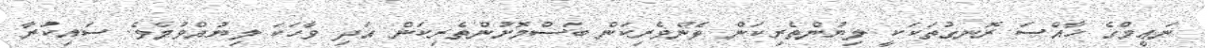
ނަޢީމްގެ ޚާއްޞަ ރޮނގުތަކަކީ ލިޔުންތެރިކަން ޅެންވެރިކަން ބަސްމޮށުންތެރިކަން އަދި ވާހަކަ ލިޔުއްވުމެވެ. ސައިކުރާ